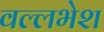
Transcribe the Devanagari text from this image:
वल्लभेश